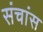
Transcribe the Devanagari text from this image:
संचांस